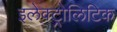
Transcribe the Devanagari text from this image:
इलेक्ट्रोलिटिक